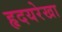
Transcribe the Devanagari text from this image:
हृदयरेखा